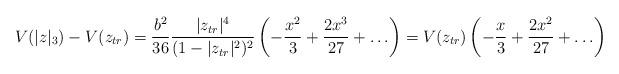
LaTeX: \begin{align*}V(|z|_3) - V(z_{tr}) = \frac{b^2}{36} \frac{|z_{tr}|^4}{(1-|z_{tr}|^2)^2} \left( -\frac{x^2}{3} +\frac{2x^3}{27} +\ldots \right) = V(z_{tr}) \left(-\frac{x}{3} + \frac{2x^2}{27} +\ldots \right)\end{align*}